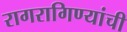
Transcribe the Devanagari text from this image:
रागरागिण्यांची